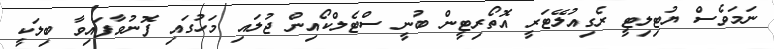
ނަމަވެސް ޔުޓިލިޓީ ރެގިއުލޭޓަރީ އޮތޯރިޓީން ބުނީ ސްޓެލްކޯއިން ޖުލައި މަހުގައި ފޮނުވާފައިވާ ބިލަކީ